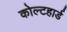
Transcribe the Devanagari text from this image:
कोल्टहार्ड